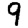
Digit: 9